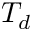
T _ { d }